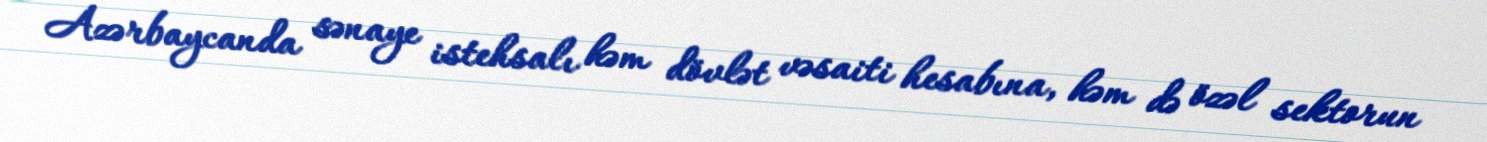
Azərbaycanda sənaye istehsalı həm dövlət vəsaiti hesabına, həm də özəl sektorun